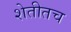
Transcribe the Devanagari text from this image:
शेतीतच